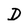
Character: D